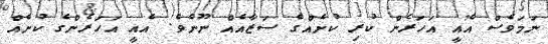
ނަމަވެސް އެއީ އަހަރެން ކުރި ކުށެއްގެ ސަޒާއެއް ނޫނެވެ. އެއީ އަހަރެންގެ ކުށެއް